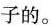
子的。